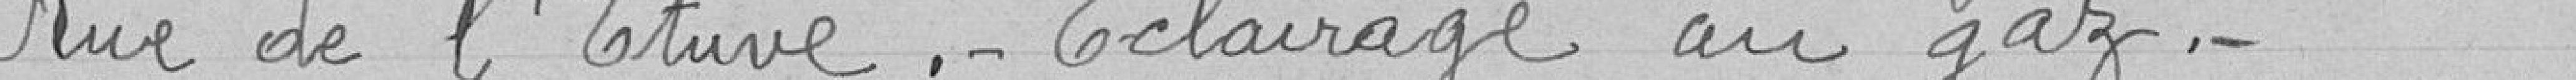
Rue de l'Etuve.- Eclairage au gaz.-